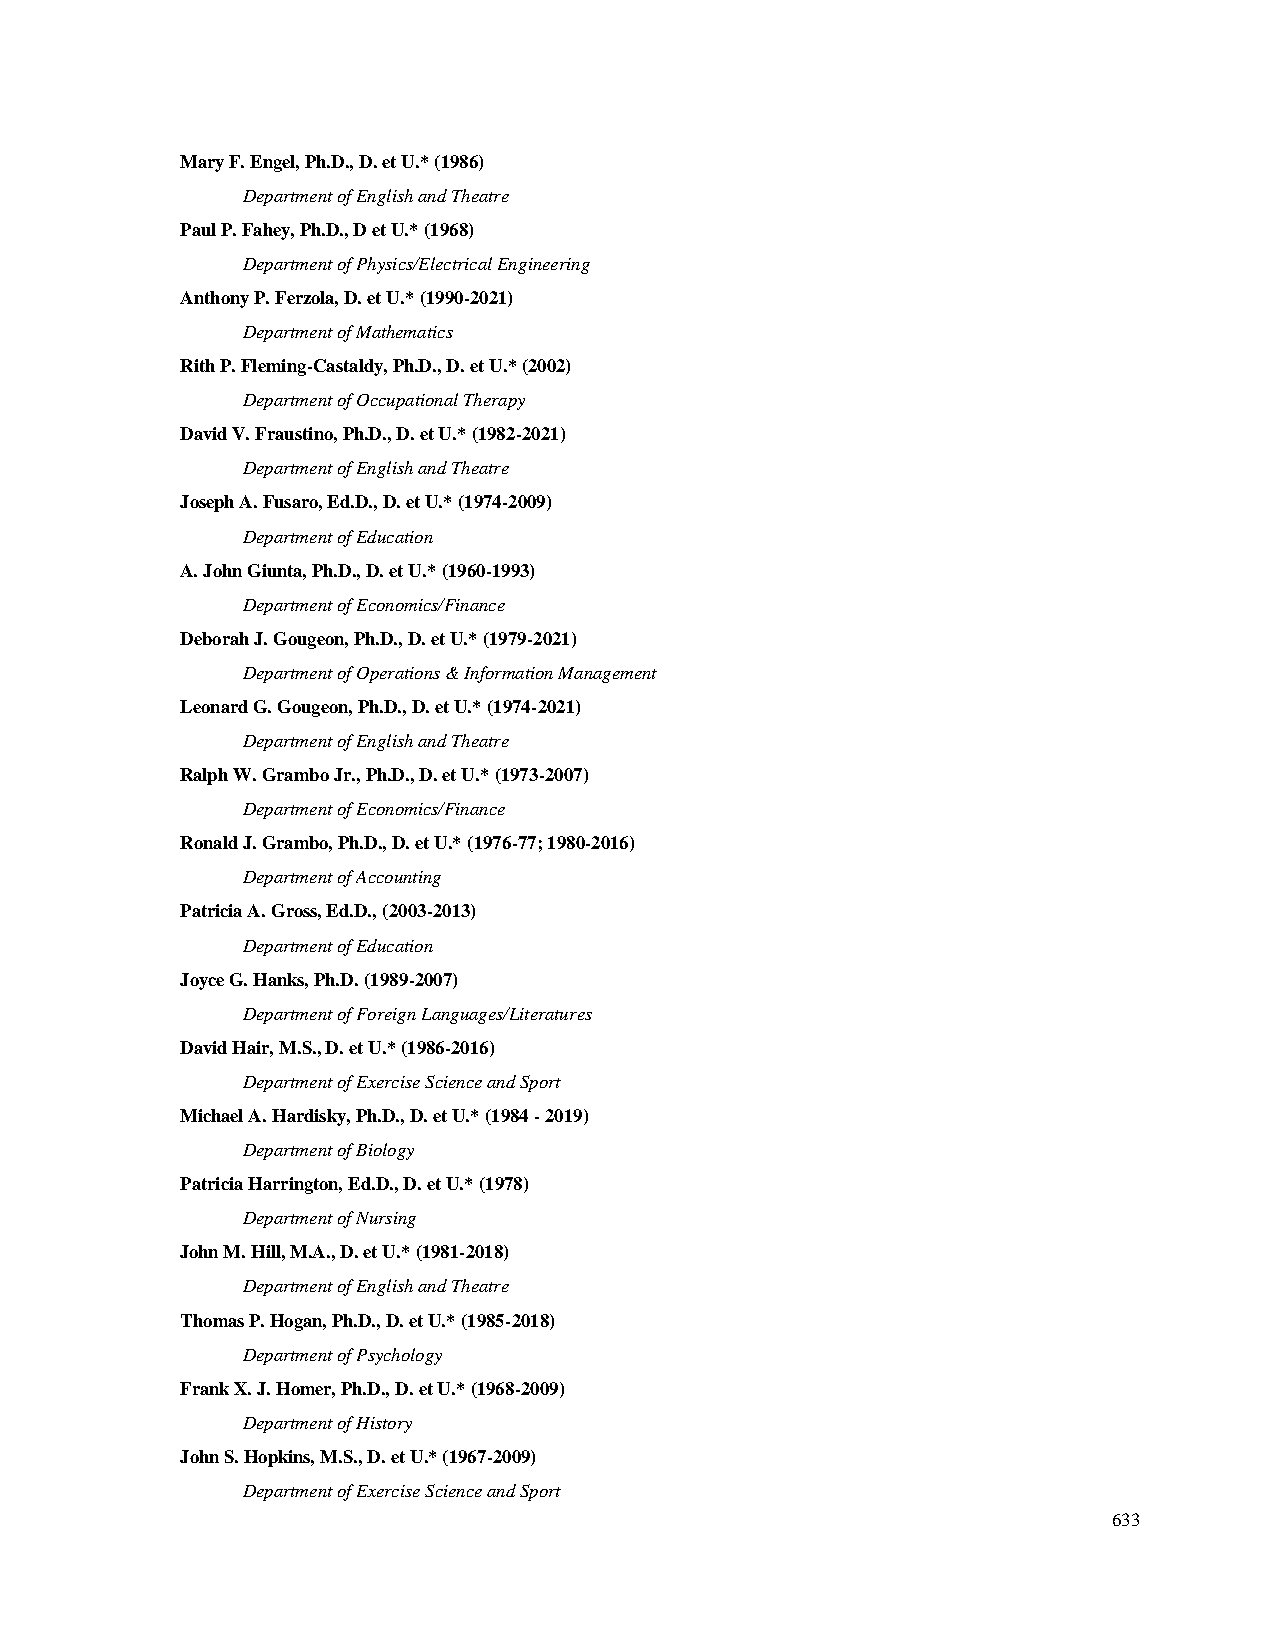
Mary F. Engel, Ph.D., D. et U.* (1986)
 Department of English and Theatre
 Paul P. Fahey, Ph.D., D et U.* (1968)
 Department of Physics/Electrical Engineering
 Anthony P. Ferzola, D. et U.* (1990-2021)
 Department of Mathematics
 Rith P. Fleming-Castaldy, Ph.D., D. et U.* (2002)
 Department of Occupational Therapy
 David V. Fraustino, Ph.D., D. et U.* (1982-2021)
 Department of English and Theatre
 Joseph A. Fusaro, Ed.D., D. et U.* (1974-2009)
 Department of Education
 A. John Giunta, Ph.D., D. et U.* (1960-1993)
 Department of Economics/Finance
 Deborah J. Gougeon, Ph.D., D. et U.* (1979-2021)
 Department of Operations & Information Management
 Leonard G. Gougeon, Ph.D., D. et U.* (1974-2021)
 Department of English and Theatre
 Ralph W. Grambo Jr., Ph.D., D. et U.* (1973-2007)
 Department of Economics/Finance
 Ronald J. Grambo, Ph.D., D. et U.* (1976-77; 1980-2016)
 Department of Accounting
 Patricia A. Gross, Ed.D., (2003-2013)
 Department of Education
 Joyce G. Hanks, Ph.D. (1989-2007)
 Department of Foreign Languages/Literatures
 David Hair, M.S., D. et U.* (1986-2016)
 Department of Exercise Science and Sport
 Michael A. Hardisky, Ph.D., D. et U.* (1984 - 2019)
 Department of Biology
 Patricia Harrington, Ed.D., D. et U.* (1978)
 Department of Nursing
 John M. Hill, M.A., D. et U.* (1981-2018)
 Department of English and Theatre
 Thomas P. Hogan, Ph.D., D. et U.* (1985-2018)
 Department of Psychology
 Frank X. J. Homer, Ph.D., D. et U.* (1968-2009)
 Department of History
 John S. Hopkins, M.S., D. et U.* (1967-2009)
 Department of Exercise Science and Sport
 633